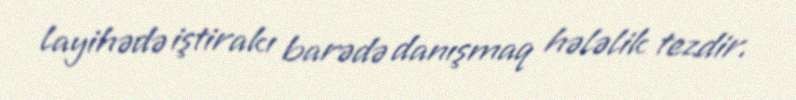
layihədə iştirakı barədə danışmaq hələlik tezdir.